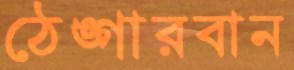
ঠেঙ্গারবান